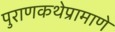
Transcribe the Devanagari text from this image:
पुराणकथेप्रामाणे